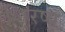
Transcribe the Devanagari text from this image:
शिरष्य